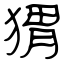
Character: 猬